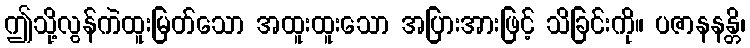
ဤသို့လွန်ကဲထူးမြတ်သော အထူးထူးသော အပြားအားဖြင့် သိခြင်းကို။ ပဇာနနန္တိ၊